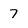
Character: 7